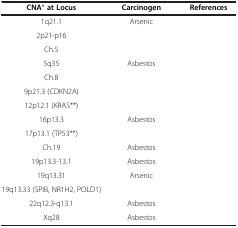
<table><thead><tr><td><b>CNA* at Locus</b></td><td><b>Carcinogen</b></td><td><b>References</b></td></tr></thead><tbody><tr><td>1q21.1</td><td>Arsenic</td><td>[EMPTY_CELL]</td></tr><tr><td>2p21-p16</td><td>[EMPTY_CELL]</td><td>[EMPTY_CELL]</td></tr><tr><td>Ch.5</td><td>[EMPTY_CELL]</td><td>[EMPTY_CELL]</td></tr><tr><td>5q35</td><td>Asbestos</td><td>[EMPTY_CELL]</td></tr><tr><td>Ch.8</td><td>[EMPTY_CELL]</td><td>[EMPTY_CELL]</td></tr><tr><td>9p21.3 (CDKN2A)</td><td>[EMPTY_CELL]</td><td>[EMPTY_CELL]</td></tr><tr><td>12p12.1 (KRAS**)</td><td>[EMPTY_CELL]</td><td>[EMPTY_CELL]</td></tr><tr><td>16p13.3</td><td>Asbestos</td><td>[EMPTY_CELL]</td></tr><tr><td>17p13.1 (TP53**)</td><td>[EMPTY_CELL]</td><td>[EMPTY_CELL]</td></tr><tr><td>Ch.19</td><td>Asbestos</td><td>[EMPTY_CELL]</td></tr><tr><td>19p13.3-13.1</td><td>Asbestos</td><td>[EMPTY_CELL]</td></tr><tr><td>19q13.31</td><td>Arsenic</td><td>[EMPTY_CELL]</td></tr><tr><td>19q13.33 (SPIB, NR1H2, POLD1)</td><td>[EMPTY_CELL]</td><td>[EMPTY_CELL]</td></tr><tr><td>22q12.3-q13.1</td><td>Asbestos</td><td>[EMPTY_CELL]</td></tr><tr><td>Xq28</td><td>Asbestos</td><td>[EMPTY_CELL]</td></tr></tbody></table>